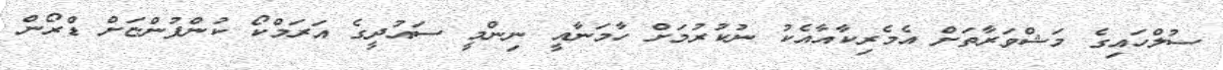
ސުލްހައިގެ މަޝްވަރާތަށް އެމެރިކާއާއެކު ނުކުރުމަށް ހާމަނާއީ ނިންމީ ސައުދީގެ އަރަމްކޯ ކުންފުންޏަށް ޑްރޯން